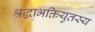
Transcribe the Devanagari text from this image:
श्रद्धाभक्तियुतस्य